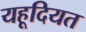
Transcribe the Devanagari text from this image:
यहूदियत